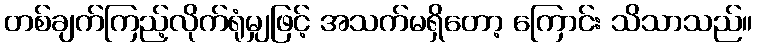
တစ်ချက်ကြည့်လိုက်ရုံမျှဖြင့် အသက်မရှိတော့ ကြောင်း သိသာသည်။